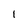
Character: 1